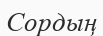
Сордың